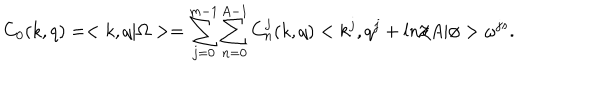
LaTeX: C _ { 0 } ( k , q ) = < k , q | \Omega > = \sum _ { j = 0 } ^ { m - 1 } \sum _ { n = 0 } ^ { A - 1 } C _ { n } ^ { j } ( k , q ) < k ^ { j } , q ^ { j } + l n / A | \phi > \omega ^ { j s } .